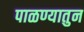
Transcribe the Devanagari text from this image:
पाळण्यातुन